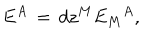
LaTeX: E ^ { A } \, = \, d z ^ { M } { { E _ { M } } ^ { A } } ,